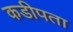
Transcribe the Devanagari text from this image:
कडीपता